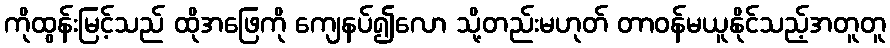
ကိုထွန်းမြင့်သည် ထိုအဖြေကို ကျေနပ်၍လော သို့တည်းမဟုတ် တာဝန်မယူနိုင်သည့်အတူတူ